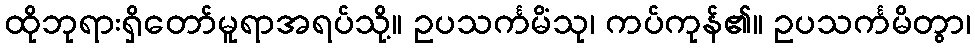
ထိုဘုရားရှိတော်မူရာအရပ်သို့။ ဥပသင်္ကမိံသု၊ ကပ်ကုန်၏။ ဥပသင်္ကမိတွာ၊